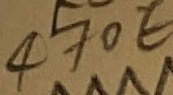
Text: 470E